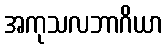
အကုသလဘာဂိယာ